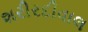
શરીરદીવાલ